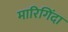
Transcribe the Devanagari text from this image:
मारिगिंदा